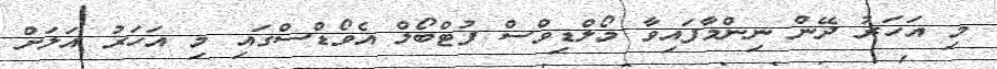
މި އަހަރު ދޭން ނިންމާފައިވާ މޯލްޑިވްސް ފުޓްބޯލް އެވޯޑްސްގައި މި އަހަރު އަލަށް